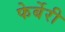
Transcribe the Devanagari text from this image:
फेर्बेरी